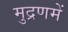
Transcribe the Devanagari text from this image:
मुद्रणमें